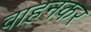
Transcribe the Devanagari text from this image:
वाहनकर